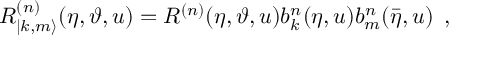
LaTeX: R _ { | k , m \rangle } ^ { ( n ) } ( \eta , \vartheta , u ) = R ^ { ( n ) } ( \eta , \vartheta , u ) b _ { k } ^ { n } ( \eta , u ) b _ { m } ^ { n } ( \bar { \eta } , u ) \, \, \, ,